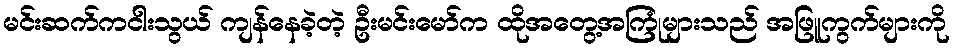
မင်းဆက်ကငါးသွယ် ကျန်နေခဲ့တဲ့ ဦးမင်းမော်က ထိုအတွေ့အကြုံများသည် အဖြူကွက်များကို